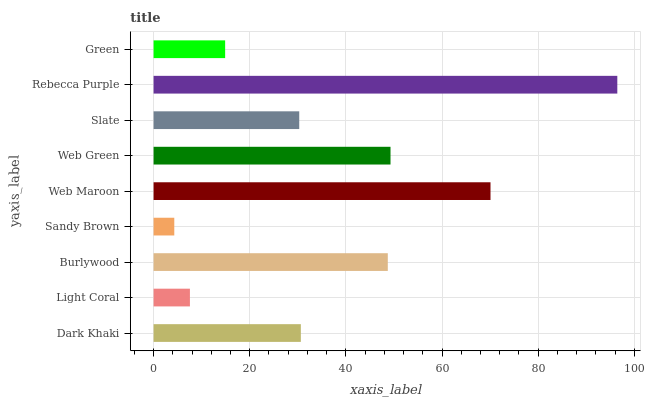
| yaxis_label | bars |
 | --- | --- |
 | Dark Khaki | 30.6 |
 | Light Coral | 7.56 |
 | Burlywood | 48.7 |
 | Sandy Brown | 4.31 |
 | Web Maroon | 70.1 |
 | Web Green | 49.3 |
 | Slate | 30.3 |
 | Rebecca Purple | 96.5 |
 | Green | 14.9 |